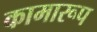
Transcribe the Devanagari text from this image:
कामारूप